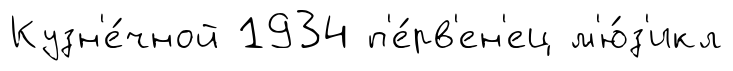
Кузн'е́чной 1934 п'е́рв'ен'ец м'ю́з'икл